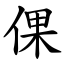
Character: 倮